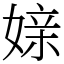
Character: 媇